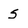
Character: S